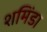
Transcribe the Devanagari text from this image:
शमिंडा